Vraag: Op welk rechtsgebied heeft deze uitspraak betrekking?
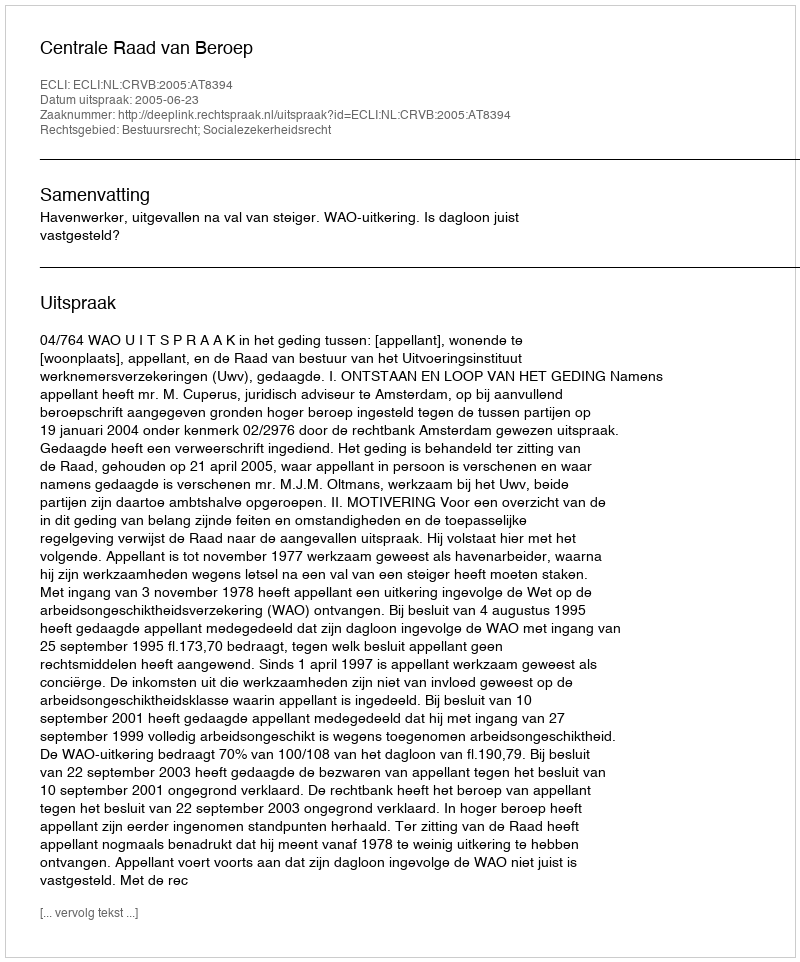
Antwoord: Bestuursrecht; Socialezekerheidsrecht